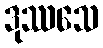
ဒုဿသေ